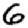
Digit: 6